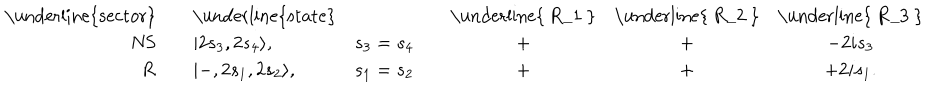
\begin{array} { r c l l c c c c } { { \mathrm { \underline { { { s e c t o r } } } } } } & { { { } } } & { { \mathrm { \underline { { { s t a t e } } } } } } & { { { } } } & { { { } } } & { { \mathrm { \underline { { { ~ R _ { 1 } ~ } } } } } } & { { \mathrm { \underline { { { ~ R _ { 2 } ~ } } } } } } & { { \mathrm { \underline { { { ~ R _ { 3 } ~ } } } } } } \\ { { \mathrm { N S } } } & { { { } } } & { { | 2 s _ { 3 } , 2 s _ { 4 } \rangle , } } & { { s _ { 3 } = s _ { 4 } } } & { { { } } } & { { + } } & { { + } } & { { - 2 i s _ { 3 } } } \\ { { \mathrm { R } } } & { { { } } } & { { | - , 2 s _ { 1 } , 2 s _ { 2 } \rangle , } } & { { s _ { 1 } = s _ { 2 } } } & { { { } } } & { { + } } & { { + } } & { { + 2 i s _ { 1 } . } } \\ \end{array}